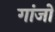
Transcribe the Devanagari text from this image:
गांजो